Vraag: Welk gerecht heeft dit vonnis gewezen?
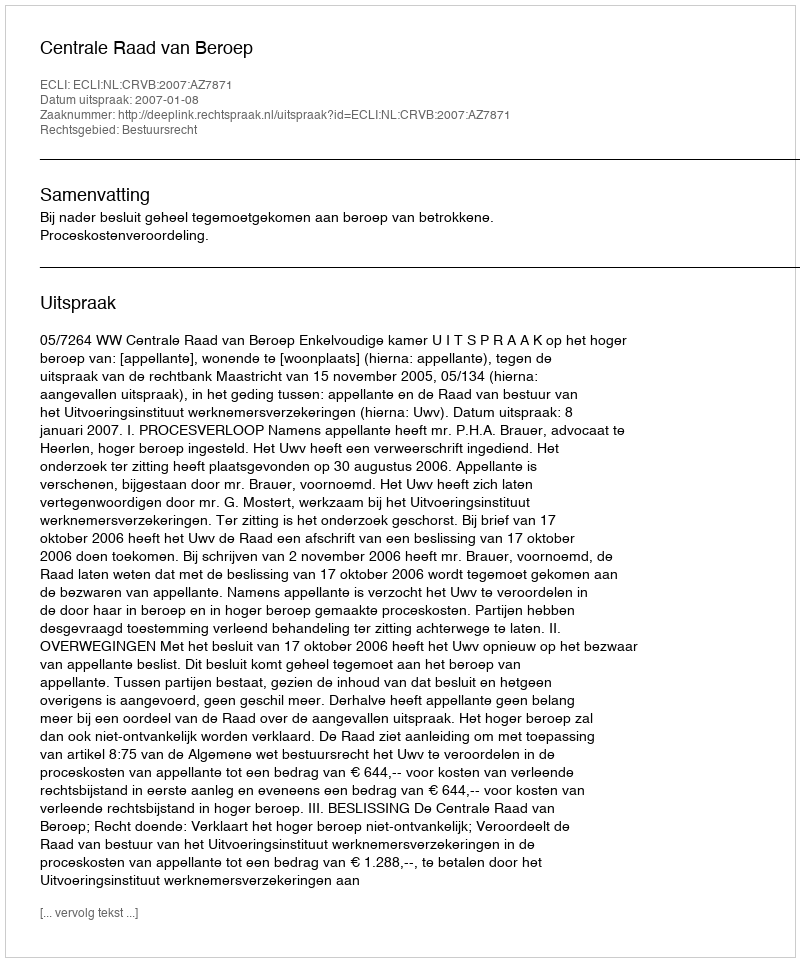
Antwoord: Centrale Raad van Beroep